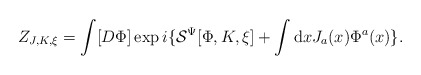
\begin{align*}Z_{J,K,\xi} = \int [D\Phi] \exp i \{ {\cal S}^{\Psi}[\Phi, K, \xi] + \int \mbox{d} x J_a(x) \Phi^a(x) \}.\end{align*}